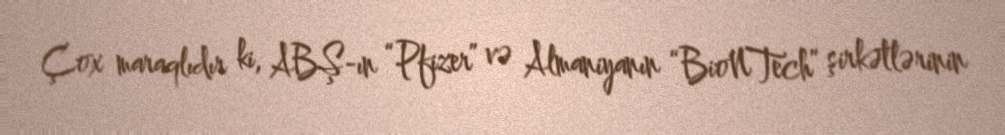
Çox maraqlıdır ki, ABŞ-ın “Pfizer” və Almaniyanın “BioNTech” şirkətlərinin